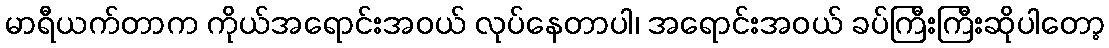
မာရီယက်တာက ကိုယ်အရောင်းအဝယ် လုပ်နေတာပါ၊ အရောင်းအဝယ် ခပ်ကြီးကြီးဆိုပါတော့